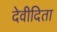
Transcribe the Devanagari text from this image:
देवीदिता